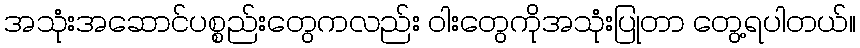
အသုံးအဆောင်ပစ္စည်းတွေကလည်း ဝါးတွေကိုအသုံးပြုတာ တွေ့ရပါတယ်။